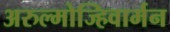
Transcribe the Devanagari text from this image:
अरुल्मोज्हिवार्मन